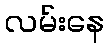
လမ်းနေ